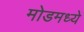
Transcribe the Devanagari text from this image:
मोडमध्ये